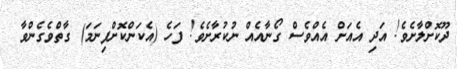
ދޫކޮށްލާށެވެ! އަދި އެއަށް އެއްވެސް ގޯނާއެއް ނުކުރާށެވެ! ފަހެ (އެކަންކޮށްފިނަމަ) ގާތްވެގެންވާ